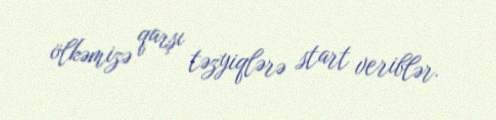
ölkəmizə qarşı təzyiqlərə start veriblər.